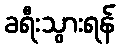
ခရီးသွားရန်